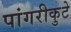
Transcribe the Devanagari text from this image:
पांगरीकुटे